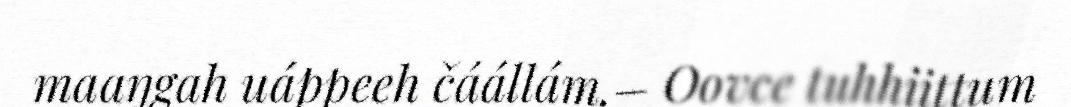
maaŋgah uáppeeh čáállám.– Oovce tuhhiittum